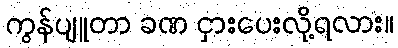
ကွန်ပျူတာ ခဏ ငှားပေးလို့ရလား။